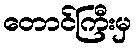
တောင်ကြီးမှ